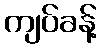
ကျပ်ခန့်